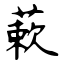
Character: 蔌